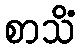
စာသိံ